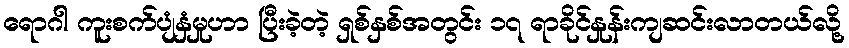
ရောဂါ ကူးစက်ပျံနှံမှုဟာ ပြီးခဲ့တဲ့ ရှစ်နှစ်အတွင်း ၁၇ ရာခိုင်နှုန်းကျဆင်းလာတယ်လို့